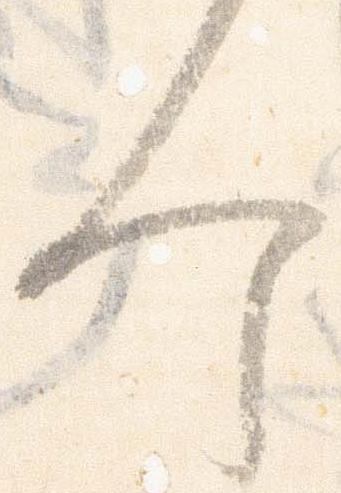
今